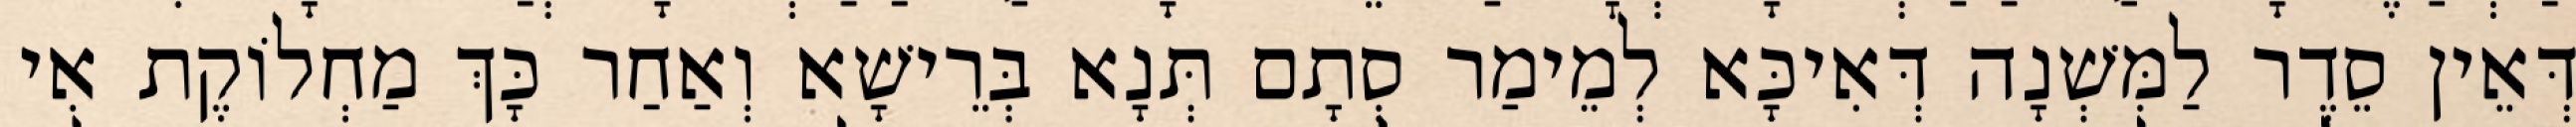
דְּאֵין סֵדֶר לַמִּשְׁנָה דְּאִיכָּא לְמֵימַר סְתָם תְּנָא בְּרֵישָׁא וְאַחַר כָּךְ מַחְלוֹקֶת אִי